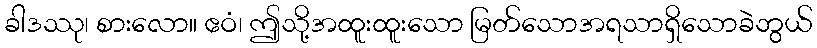
ခါဒဿု၊ စားလော။ ဧဝံ၊ ဤသို့အထူးထူးသော မြတ်သောအရသာရှိသောခဲဘွယ်